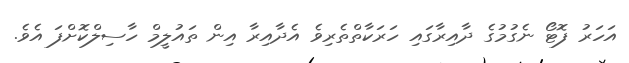
އަހަރު ފޮޓޯ ނެގުމުގެ ދާއިރާގައި ހަރަކާތްތެރިވެ އެދާއިރާ އިން ތައުލީމް ހާސިލްކޮށްފަ އެވެ.